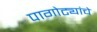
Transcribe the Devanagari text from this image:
पागोट्यांचे